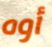
أوه